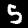
Digit: 5